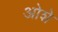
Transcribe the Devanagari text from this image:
ओशे